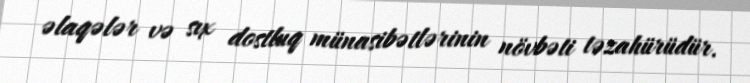
əlaqələr və sıx dostluq münasibətlərinin növbəti təzahürüdür.